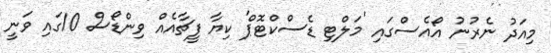
މިއަދު ނެރުނު އޯއެސްގައި 'މަލްޓި ޑެސްކްޓޮޕް' ކިޔާ ފީޗާއެއް ވިންޑޯސް 10ގައި ވަނީ